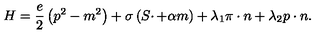
H = \frac e 2 \left( p ^ { 2 } - m ^ { 2 } \right) + \sigma \left( S \cdotp + \alpha m \right) + \lambda _ { 1 } \pi \cdot n + \lambda _ { 2 } p \cdot n .